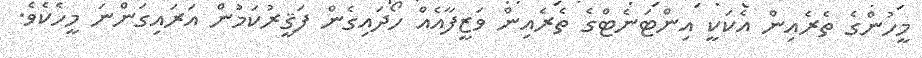
މީހުންގެ ތެރެއިން އެކަކީ އިންޓަނެޓްގެ ތެރެއިން ވަޒީފާއެއް ހޯދައިގެން ފަޤީރުކަމުން އަރައިގަންނަ މީހެކެވެ.